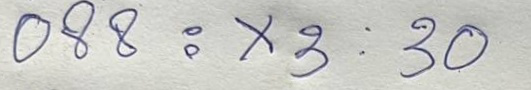
088 = x 3 : 30